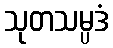
သုတသမ္ပဒံ